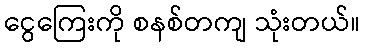
ငွေကြေးကို စနစ်တကျ သုံးတယ်။